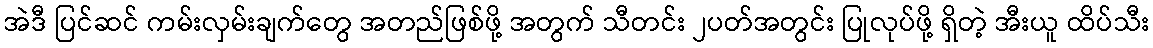
အဲဒီ ပြင်ဆင် ကမ်းလှမ်းချက်တွေ အတည်ဖြစ်ဖို့ အတွက် သီတင်း ၂ပတ်အတွင်း ပြုလုပ်ဖို့ ရှိတဲ့ အီးယူ ထိပ်သီး